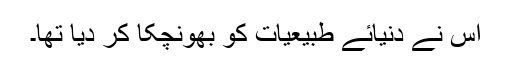
اس نے دنیائے طبیعیات کو بھونچکا کر دیا تھا۔